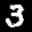
Label: 3